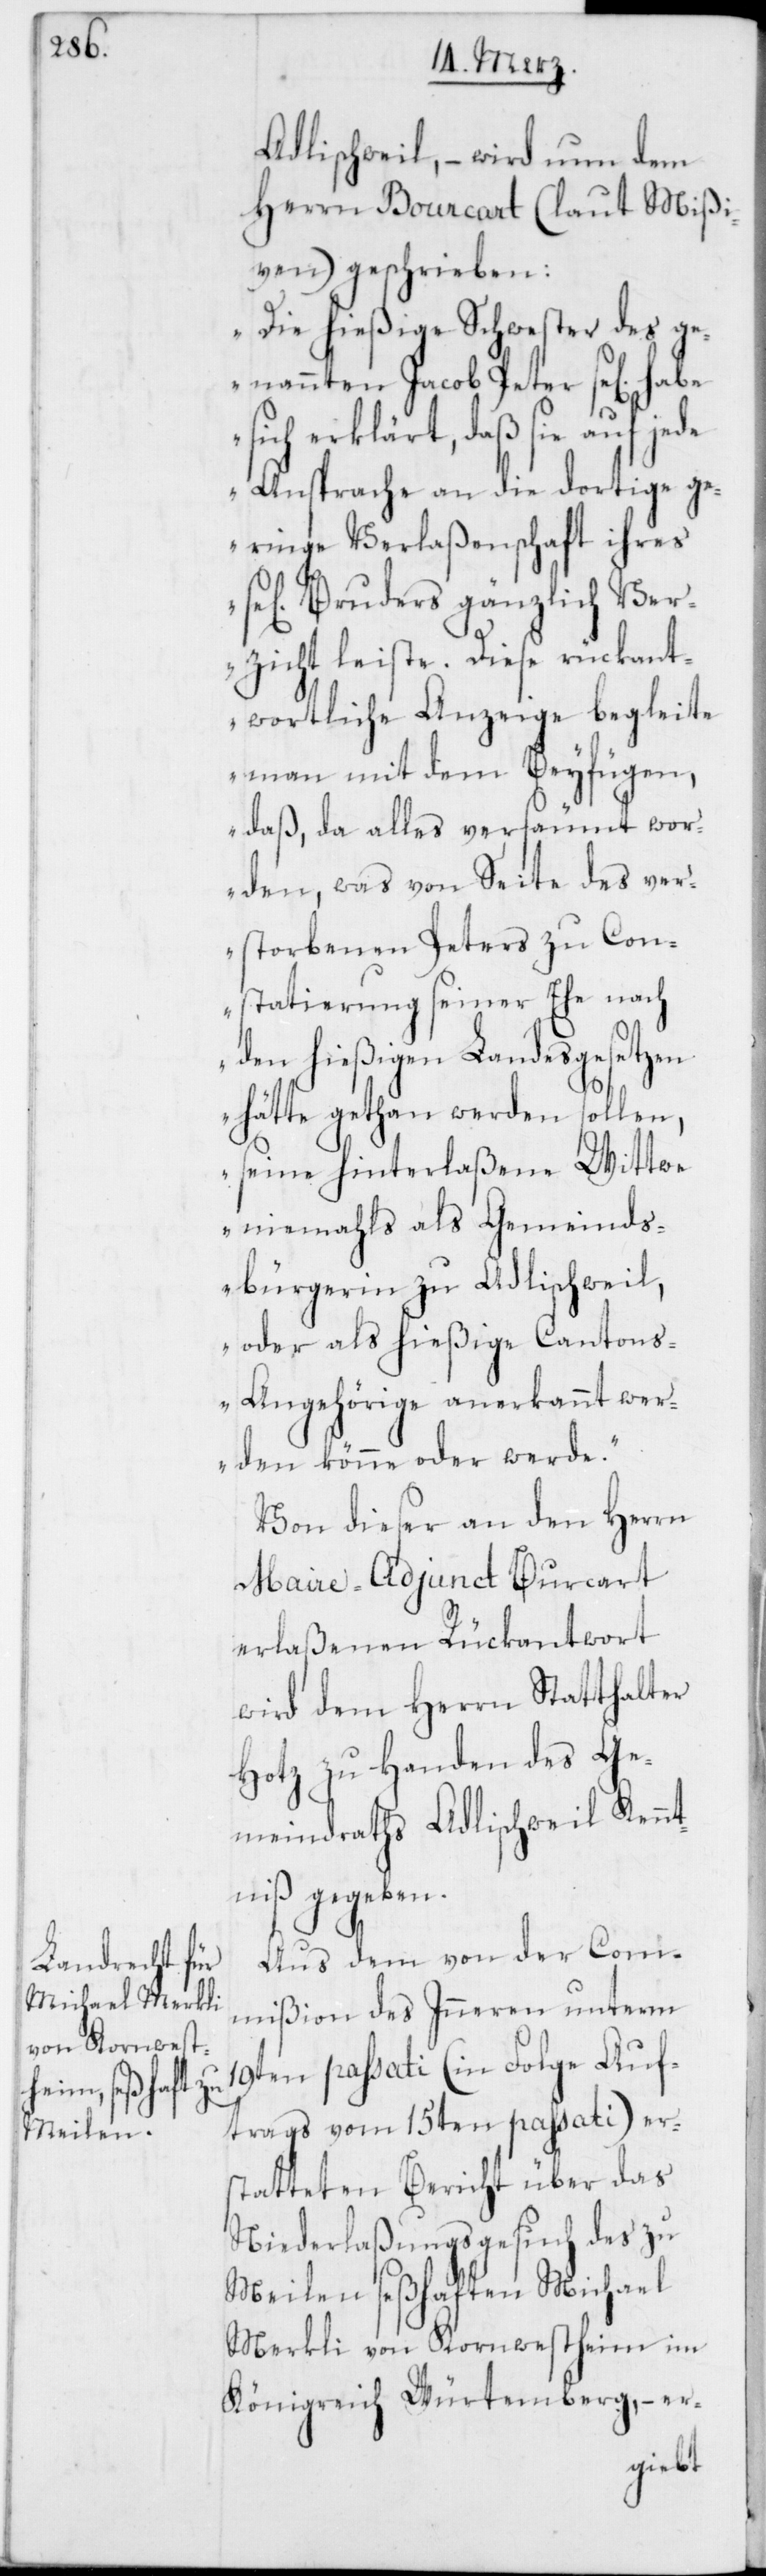
Adlischweil, – wird nun dem
Herrn Bourcart (laut Mißi¬
ven) geschrieben:
„Die hießige Schwester des g¬
enannten Jacob Peter se[lig]
sich erklärt, daß sie auf jede
Ansprache an die dortige ge¬
ringe Verlaßenschaft ihres
Bruders gänzlich Ver¬
zicht leiste. Diese rückant¬
wortliche Anzeige begleite
man mit dem Beyfügen,
daß da alles versäumt wor¬
den, was von Seite des ver¬
storbenen Peters zu Con¬
statierung seiner Ehe nach
den hießigen Landesgesetzen
hätte gethan werden sollen,
seine hinterlaßene Wittwe
niemahls als Gemeinds¬
bürgerin zu Adlischweil,
oder als hießige Canton¬
s-Angehörige anerkannt wer¬
den könne oder werde.“
Von dieser an den Herrn
Maire-Adjunct Burcart
erlaßenen Rückantwort
wird dem Herrn Statthalter
Hotz zu Handen des Ge¬
meindraths Adlischweil Kennt¬
niß gegeben.
Aus dem von der Com¬
mißion des Inneren unterm
19ten passati (in Folge Auf¬
trags vom 15ten passati) er¬
statteten Bericht über das
Niederlaßungsgesuch des zu
Meilen seßhaften Michael
Merkli von Kornwestheim im
Königreich Würtemberg, – er-